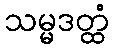
သမ္မဒတ္ထံ